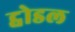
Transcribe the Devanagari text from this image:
ट्वोडल